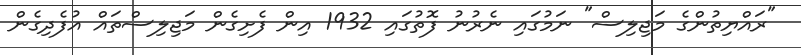
"ރައްޔިތުންގެ މަޖިލިސް" ނަމުގައި ނެރުނު ފޮތުގައި 1932 އިން ފެށިގެން މަޖިލިސްތައް އުފެދިގެން